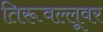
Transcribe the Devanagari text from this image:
तिरूवल्लूवर